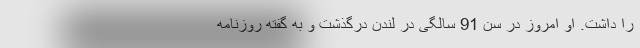
را داشت. او امروز در سن 91 سالگی در لندن درگذشت و به گفته روزنامه